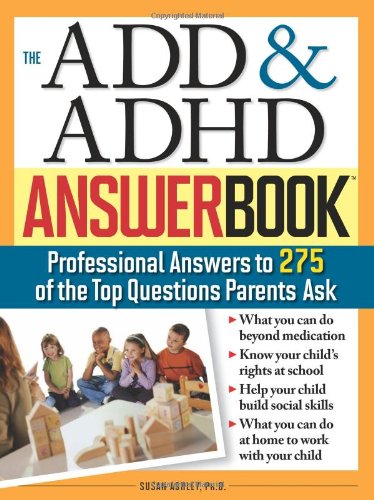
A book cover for The ADD & ADHD Answer Book: Professional Answers to 275 of the Top Questions Parents Ask; Susan Ashley; Health, Fitness & Dieting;